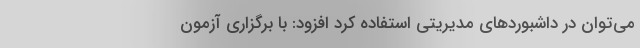
می‌توان در داشبوردهای مدیریتی استفاده کرد افزود: با برگزاری آزمون